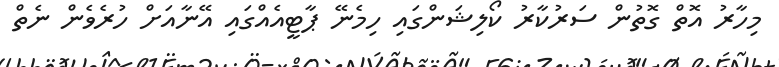
މިހާރު އޮތް ގޮތުން ސަރުކާރު ކޯލިޝަންގައި ހިމެނޭ ޕާޓީއެއްގައި އޭނާއަށް ހުރެވެން ނެތް